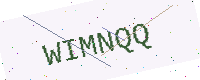
Text: WIMNQQ